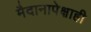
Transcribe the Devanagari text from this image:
मैदानापेक्षाही